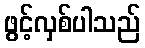
ဖွင့်လှစ်ပါသည်